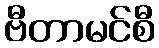
ဗီတာမင်စီ